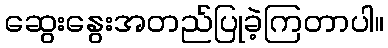
ဆွေးနွေးအတည်ပြုခဲ့ကြတာပါ။